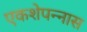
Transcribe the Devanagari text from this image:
एकशेपन्‍नास